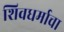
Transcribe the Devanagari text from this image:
शिवधर्माचा